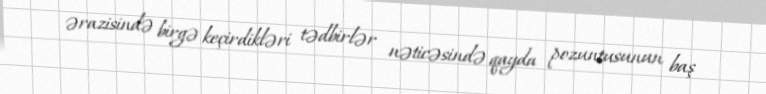
ərazisində birgə keçirdikləri tədbirlər nəticəsində qayda pozuntusunun baş